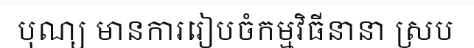
បុណ្យ មានការរៀបចំកម្មវិធីនានា ស្រប